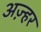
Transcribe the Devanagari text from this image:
अज़्हर